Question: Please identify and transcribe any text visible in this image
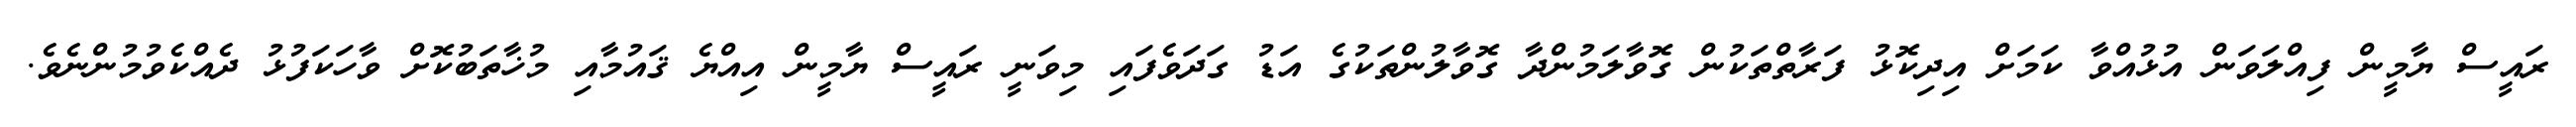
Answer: ރައީސް ޔާމީން ފިއްލަވަން އުޅުއްވާ ކަމަށް އިދިކޮޅު ފަރާތްތަކުން ގޮވާލަމުންދާ ގޮވާލުންތަކުގެ އަޑު ގަދަވެފައި މިވަނީ ރައީސް ޔާމީން އިއްޔެ ޤައުމާއި މުޚާތަބުކޮށް ވާހަކަފުޅު ދެއްކެވުމުންނެވެ.